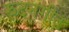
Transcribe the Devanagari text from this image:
रुदनगीत